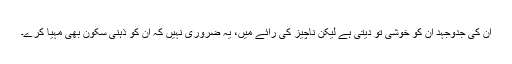
ان کی جدوجہد ان کو خوشی تو دیتی ہے لیکن ناچیز کی رائے میں، یہ ضروری نہیں کہ ان کو ذہنی سکون بھی مہیا کرے۔